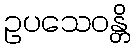
ဥပသေဝန္တိ